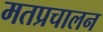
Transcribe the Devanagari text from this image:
मतप्रचालन